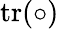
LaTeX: \operatorname{tr}(\circ)